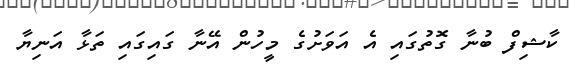
ކާޝިފް ބުނާ ގޮތުގައި އެ އަވަށުގެ މީހުން އޭނާ ގައިގައި ތަޅާ އަނިޔާ